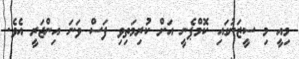
މިއީ މި ސީޒަނުގައި ކޮމްޕެނީ އަށް ކުރިމަތިވި ފަސް ވަނަ އިންޖަރީ އެވެ.